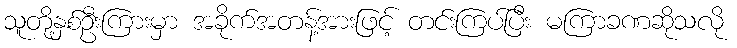
သူတို့နှစ်ဦးကြားမှာ အခိုက်အတန့်အားဖြင့် တင်းကြပ်ပြီး မကြာခဏဆိုသလို